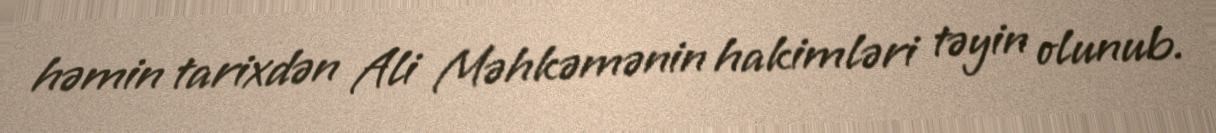
həmin tarixdən Ali Məhkəmənin hakimləri təyin olunub.